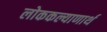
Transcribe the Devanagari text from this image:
लोककल्याणार्थ